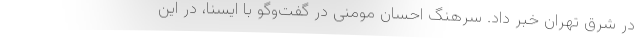
در شرق تهران خبر داد. سرهنگ احسان مومنی در گفت‌وگو با ایسنا، در این